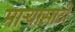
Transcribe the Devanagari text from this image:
माऱ्यासाठी